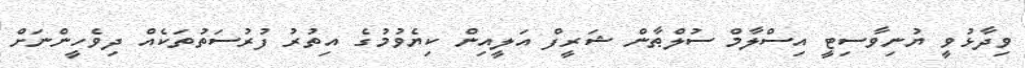
ވިދާޅުވީ ޔުނިވާސިޓީ އިސްލާމް ސުލްޠާން ޝަރީފް އަލީއިން ކިޔެވުމުގެ އިތުރު ފުރުސަތުތަކެއް ދިވެހީންނަށް